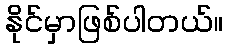
နိုင်မှာဖြစ်ပါတယ်။